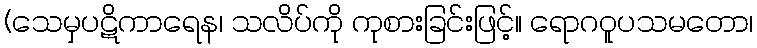
(သေမှပဋိကာရေန၊ သလိပ်ကို ကုစားခြင်းဖြင့်။ ရောဂဝူပသမတော၊